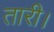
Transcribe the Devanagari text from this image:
तारी।